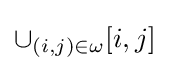
\cup _{(i,j)\in \omega }[i,j]